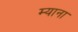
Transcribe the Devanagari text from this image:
म्याना